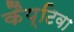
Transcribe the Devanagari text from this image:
कैप्टिवा